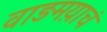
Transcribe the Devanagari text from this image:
वाङमय़ाचं